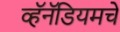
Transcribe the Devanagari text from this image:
व्हॅनॅडियमचे